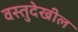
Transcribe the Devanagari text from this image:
वस्तुदेखील